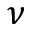
\nu